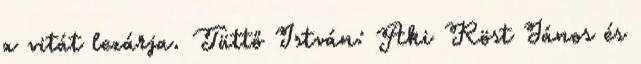
a vitát lezárja. Tüttő István: Aki Röst János és